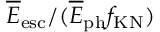
\overline { E } _ { \mathrm { e s c } } / ( \overline { E } _ { \mathrm { p h } } f _ { \mathrm { K N } } )